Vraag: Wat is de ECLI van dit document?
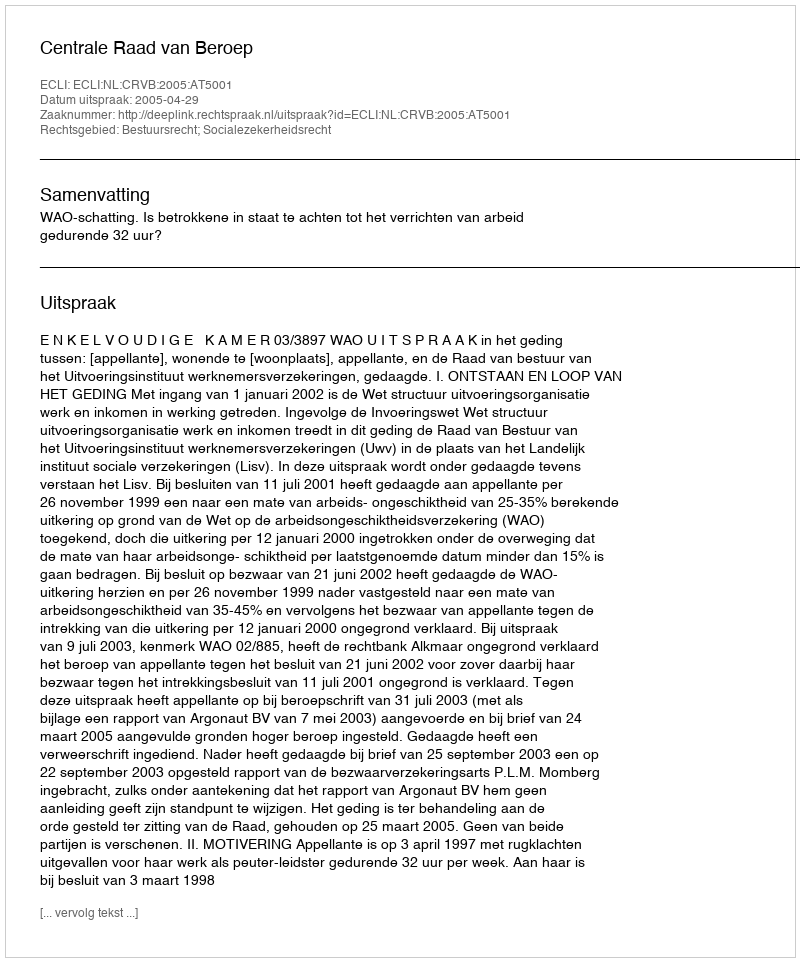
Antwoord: ECLI:NL:CRVB:2005:AT5001